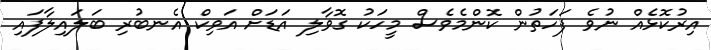
އިރުކޮޅެއް ނުވެ ފަހަތުން ކޮންމެވެސް މީހަކު ގޮވާލި އަޑަށް އަވިކް އެނބުރި ބަލައިލާފައި